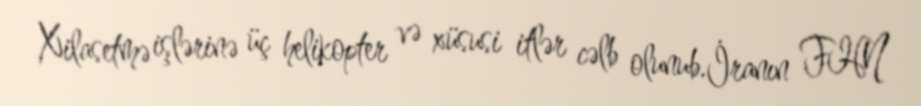
Xilasetmə işlərinə üç helikopter və xüsusi itlər cəlb olunub.İranın FHN